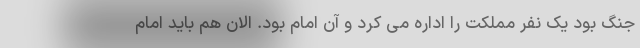
جنگ بود یک نفر مملکت را اداره می کرد و آن امام بود. الان هم باید امام